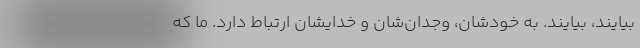
بیایند، بیایند. به خودشان، وجدان‌شان و خدایشان ارتباط دارد. ما که